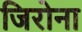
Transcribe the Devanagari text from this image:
जिरोना